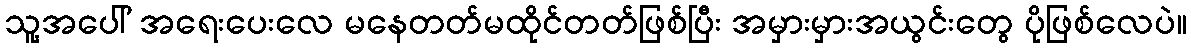
သူ့အပေါ် အရေးပေးလေ မနေတတ်မထိုင်တတ်ဖြစ်ပြီး အမှားမှားအယွင်းတွေ ပိုဖြစ်လေပဲ။